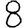
Digit: 8